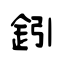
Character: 鈏